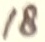
Text: 18